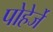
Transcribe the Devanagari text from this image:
पोहेर्जे